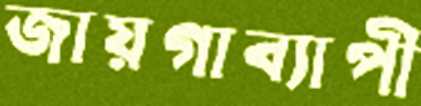
জায়গাব্যাপী